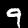
Label: 9